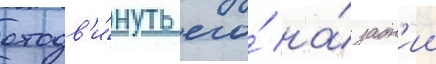
отодв'и́нуть его́ на́ задн'ии